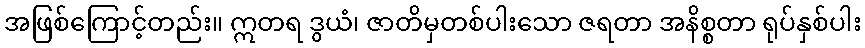
အဖြစ်ကြောင့်တည်း။ ဣတရ ဒွယံ၊ ဇာတိမှတစ်ပါးသော ဇရတာ အနိစ္စတာ ရုပ်နှစ်ပါး